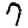
Digit: 7